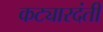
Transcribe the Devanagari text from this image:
कट्यारदंती